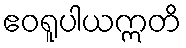
ဧဝရူပါယဣတိ